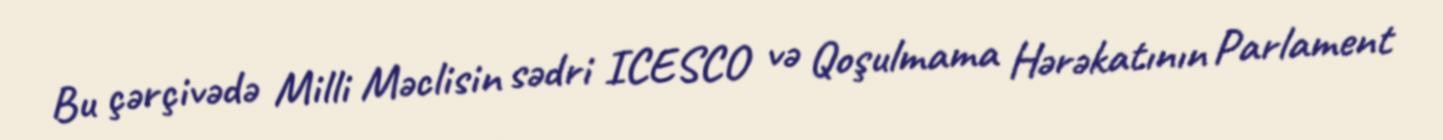
Bu çərçivədə Milli Məclisin sədri ICESCO və Qoşulmama Hərəkatının Parlament